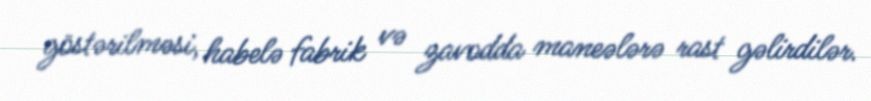
göstərilməsi, habelə fabrik və zavodda maneələrə rast gəlirdilər.